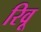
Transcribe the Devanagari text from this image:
रिवू